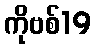
ကိုဗစ်19